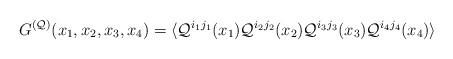
LaTeX: \begin{align*}G^{({\cal Q})}(x_{1}, x_{2}, x_{3}, x_{4}) = \langle {\cal Q}^{i_{1}j_{1}}(x_1) {\cal Q}^{i_{2}j_{2}}(x_2) {\cal Q}^{i_{3}j_{3}}(x_3) {\cal Q}^{i_{4}j_{4}}(x_4)\rangle \; \end{align*}